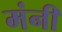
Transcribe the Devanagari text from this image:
मंनी